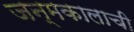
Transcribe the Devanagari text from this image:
जन्मकालाची